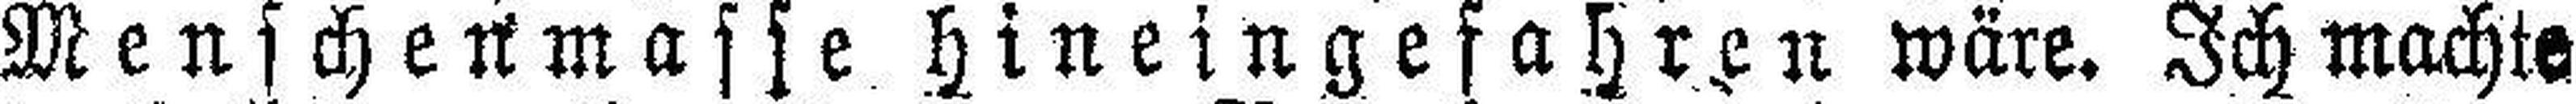
Menschenmasse hineingefahren wäre. Ich machte